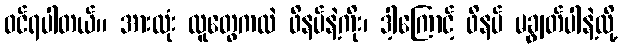
ဝင်ရပါတယ်။ အားလုံး လူတွေကလဲ ဖိနပ်နဲ့ကိုး၊ ဒါ့ကြောင့် ဖိနပ် မချွတ်ပါနဲ့လို့